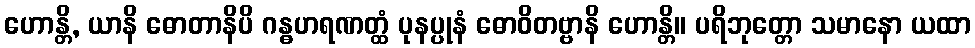
ဟောန္တိ, ယာနိ ဓောတာနိပိ ဂန္ဓဟရဏတ္ထံ ပုနပ္ပုနံ ဓောဝိတဗ္ဗာနိ ဟောန္တိ။ ပရိဘုတ္တော သမာနော ယထာ